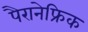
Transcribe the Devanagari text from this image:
पैरानेफ्रिक